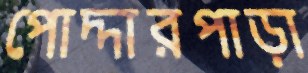
পোদ্দারপাড়া